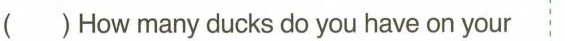
()Howmanyducksdoyouhaveonyour